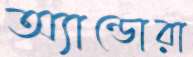
অ্যান্ডোরা